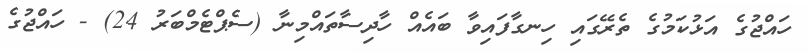
ހައްޖުގެ އަޅުކަމުގެ ތެރޭގައި ހިނގާފައިވާ ބައެއް ހާދިސާތައްމިނާ (ސެޕްޓެމްބަރު 24) - ހައްޖުގެ